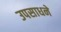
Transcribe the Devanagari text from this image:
उपसाधने